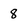
Character: 8